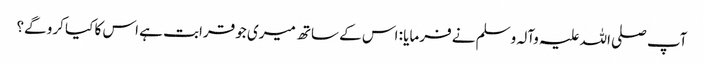
آپ صلی اللہ علیہ وآلہ وسلم نے فرمایا : اس کے ساتھ میری جو قرابت ہے اس کا کیا کرو گے؟